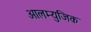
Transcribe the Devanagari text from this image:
आलम्युजिक